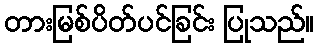
တားမြစ်ပိတ်ပင်ခြင်း ပြုသည်။